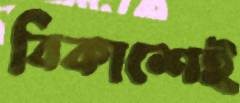
বিকাশেই